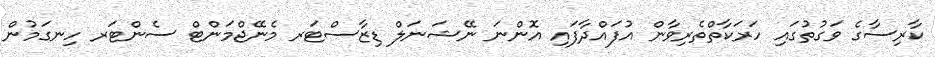
ކާރިސާގެ ވަގުތުގައި ހަރަކާތްތެރިވާން އުފައްދާފައި އޮންނަ ނޭޝަނަލް ޑިޒާސްޓަރ މެނޭޖްމަންޓް ސެންޓަރ ހިނގަމުން